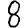
Digit: 8